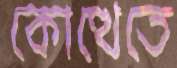
কোত্থেতে